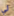
لي